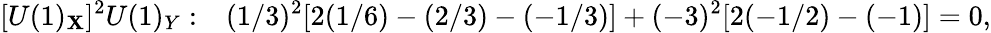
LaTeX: [U(1)_{\mathbf{X}}]^{2}U(1)_{Y}:~~~(1/3)^{2}[2(1/6)-(2/3)-(-1/3)]+(-3)^{2}[2(-1/2)-(-1)]=0,